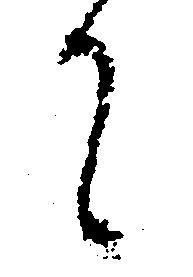
て